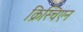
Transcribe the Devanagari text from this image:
क्रिस्चिएन